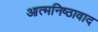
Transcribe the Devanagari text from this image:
आत्मनिष्ठावाद